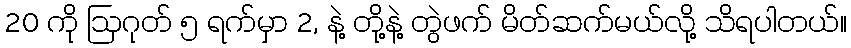
20 ကို ဩဂုတ် ၅ ရက်မှာ 2, နဲ့ တို့နဲ့ တွဲဖက် မိတ်ဆက်မယ်လို့ သိရပါတယ်။